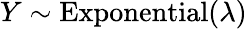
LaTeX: Y\sim{\textrm{Exponential}}(\lambda)